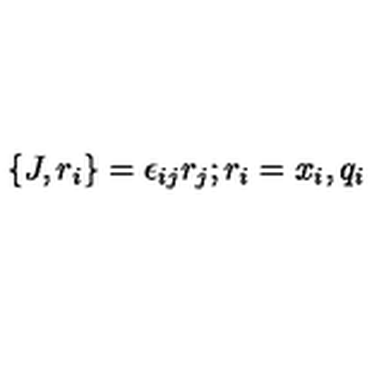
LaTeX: \{ J , r _ { i } \} = \epsilon _ { i j } r _ { j } ; r _ { i } = x _ { i } , q _ { i }